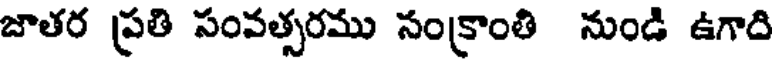
జాతర ప్రతి సంవత్సరము సంక్రాంతి నుండి ఉగాది